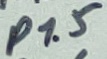
Text: P1.5